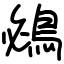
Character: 鴓